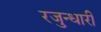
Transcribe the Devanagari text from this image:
रजुन्धारी